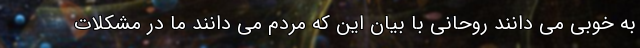
به خوبی می دانند روحانی با بیان این که مردم می دانند ما در مشکلات